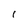
Character: l